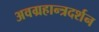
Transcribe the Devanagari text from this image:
अवग्रहान्त्रदर्शन